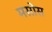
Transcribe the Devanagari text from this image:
मसोस